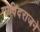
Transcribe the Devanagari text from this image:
गोविंदराजने